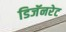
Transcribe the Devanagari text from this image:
डिजॅनरेट